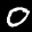
Label: 0